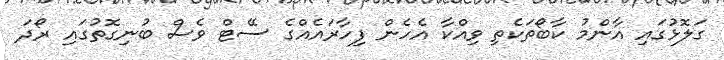
ގަލޮޅުގައި އާންމު ކާބޯތަކެތި ވިއްކާ އެހެން ފިހާރައެއްގެ ސޭޓް ވެސް ބުނިގޮތުގައި ރޯދަ